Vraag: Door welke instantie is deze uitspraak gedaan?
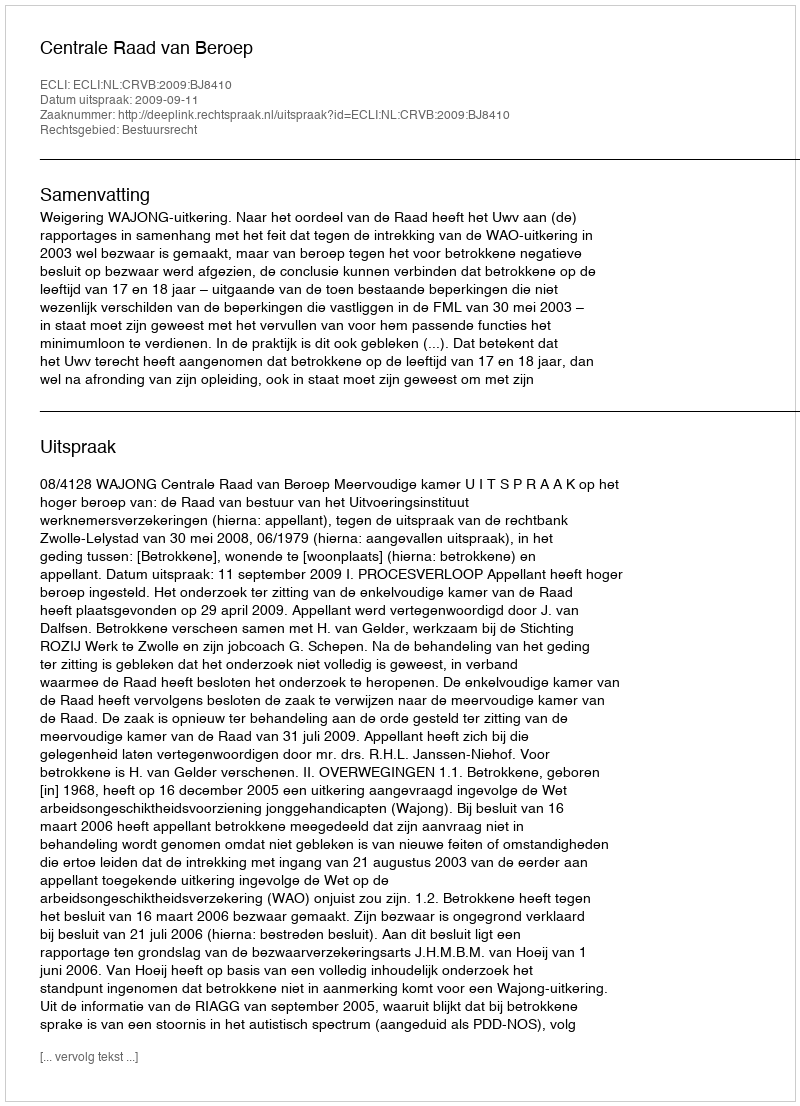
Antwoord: Centrale Raad van Beroep